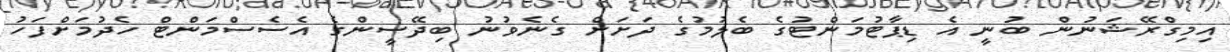
އިމިގްރޭޝަނުން ބުނީ އެ ޑިޕާޓުމަންޓުގެ ބެލުމުގެ ދަށަށް ގެނެވުނު ބިދޭސީންގެ އެސެސްމަންޓް ހެދުމަށްފަހު